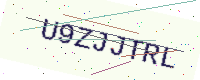
Text: U9ZJJTRL